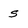
Character: s